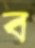
ব